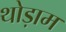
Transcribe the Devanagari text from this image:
थोड़ाम